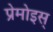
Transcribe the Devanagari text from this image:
प्रेमोइस्